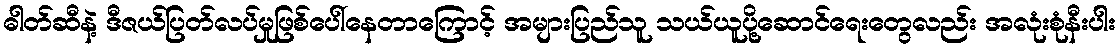
ဓါတ်ဆီနဲ့ ဒီဇယ်ပြတ်လပ်မှုဖြစ်ပေါ်နေတာကြောင့် အများပြည်သူ သယ်ယူပို့ဆောင်ရေးတွေလည်း အလုံးစုံနီးပါး